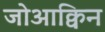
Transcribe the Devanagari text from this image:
जोआक्विन